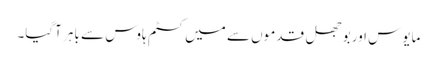
مایوس اور بوجھل قدموں سے میں کسٹم ہاوس سے باہر آگیا۔